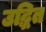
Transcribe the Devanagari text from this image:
उद्धित